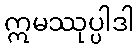
ဣမဿုပ္ပါဒါ